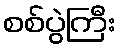
စစ်ပွဲကြီး